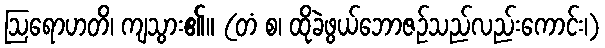
ဩရောဟတိ၊ ကျသွား၏။ (တံ စ၊ ထိုခဲဖွယ်ဘောဇဉ်သည်လည်းကောင်း၊)